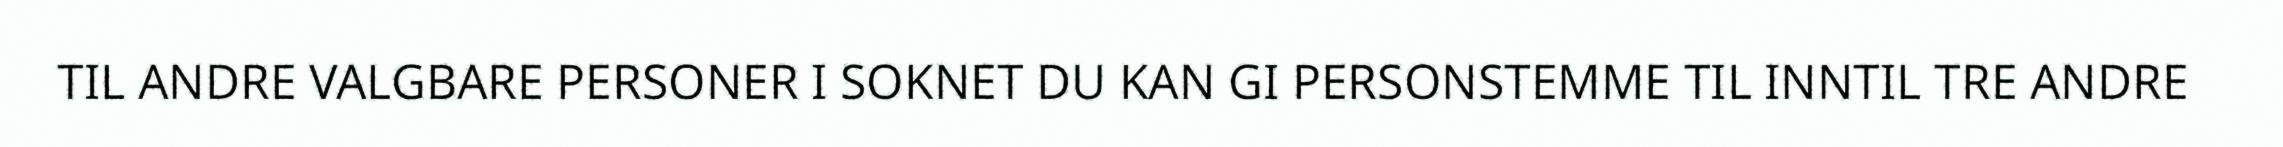
TIL ANDRE VALGBARE PERSONER I SOKNET DU KAN GI PERSONSTEMME TIL INNTIL TRE ANDRE